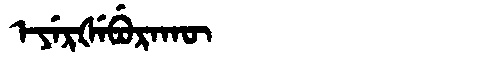
Manchu: ᡝᠶᡝᡵᡧᡝᠪᡠᡵᠠᡴᡡ
Romanization: EYERŠEBURAKŪ